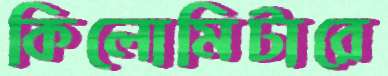
কিলোমিটারে